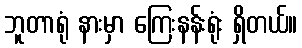
ဘူတာရုံ နားမှာ ကြေးနန်းရုံး ရှိတယ်။